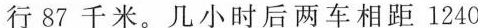
行87千米。几小时后两车相距1240